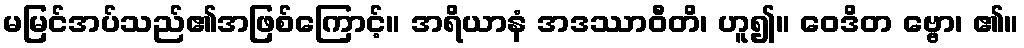
မမြင်အပ်သည်၏အဖြစ်ကြောင့်။ အရိယာနံ အဒဿာဝီတိ၊ ဟူ၍။ ဝေဒိတ ဗ္ဗော၊ ၏။